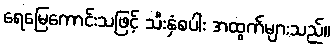
ရေမြေကောင်းသဖြင့် သီးနှံစပါး အထွက်များသည်။